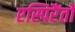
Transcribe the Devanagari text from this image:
एस्पिरैंतो